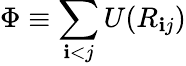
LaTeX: \Phi\equiv\sum_{\mathbf{i}<j}U(R_{\mathbf{i}j})